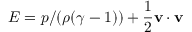
E = p / ( \rho ( \gamma - 1 ) ) + \frac { 1 } { 2 } \mathbf { v } \cdot \mathbf { v }